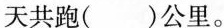
天共跑（ ）公里。